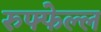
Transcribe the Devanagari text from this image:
रुफ्फेल्ल